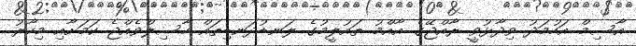
އާސިމް އަހުމަދު ވިދާޅުވީ ރާއްޖޭގެ އާއްމު ތައުލީމުގެ ލަނޑުދަނޑިތައް ހާސިލްވެއްޖެ ކަމަށާއި މިހާރު